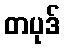
တပုဒ်